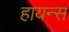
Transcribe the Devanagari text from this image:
हायन्स